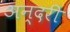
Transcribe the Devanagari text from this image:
अन्दरी